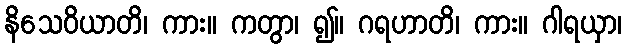
နိသေဝိယာတိ၊ ကား။ ကတွာ၊ ၍။ ဂရဟာတိ၊ ကား။ ဂါရယှာ၊